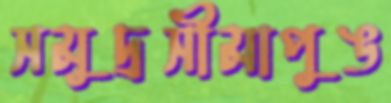
সমুদ্রসীমাপুঙ